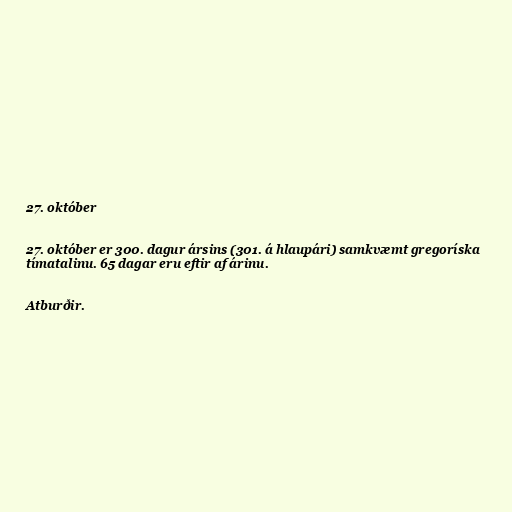
27. október

27. október er 300. dagur ársins (301. á hlaupári) samkvæmt gregoríska
tímatalinu. 65 dagar eru eftir af árinu.

Atburðir.